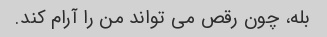
بله، چون رقص می تواند من را آرام کند.